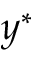
y ^ { * }